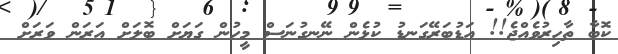
ކޮބާ ތާހިރުވެއްޖެ!! އަޑުބަރޭގަނޑު ކުޅެން ނޭނގުނަސް މީހުން ގަޔަށް ބޮލަށް އަރަން ވަރަށް